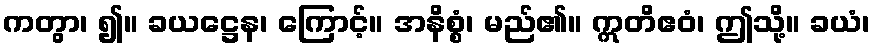
ကတွာ၊ ၍။ ခယဋ္ဌေန၊ ကြောင့်။ အနိစ္စံ၊ မည်၏။ ဣတိဧဝံ၊ ဤသို့။ ခယံ၊